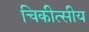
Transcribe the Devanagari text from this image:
चिकीत्सीय